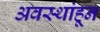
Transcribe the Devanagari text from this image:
अवस्थांहून